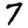
Digit: 7